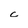
Character: c